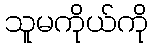
သူမကိုယ်ကို